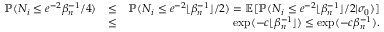
\begin{array} { r l r } { \mathbb { P } ( N _ { i } \leq e ^ { - 2 } \beta _ { n } ^ { - 1 } \slash 4 ) } & { \leq } & { \mathbb { P } ( N _ { i } \leq e ^ { - 2 } \lfloor \beta _ { n } ^ { - 1 } \rfloor \slash 2 ) = \mathbb { E } [ \mathbb { P } ( N _ { i } \leq e ^ { - 2 } \lfloor \beta _ { n } ^ { - 1 } \rfloor \slash 2 | \sigma _ { 0 } ) ] } \\ & { \leq } & { \exp ( - c \lfloor \beta _ { n } ^ { - 1 } \rfloor ) \leq \exp ( - c \beta _ { n } ^ { - 1 } ) . } \end{array}